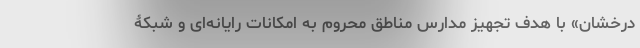
درخشان» با هدف تجهیز مدارس مناطق محروم به امکانات رایانه‌ای و شبکۀ